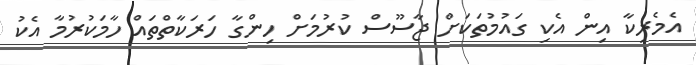
އެމެރިކާ އިން އެކި ގައުމުތަކަށް ޖާސޫސް ކުރުމަށް ހިންގާ ހަރަކާތްތައް ހާމަކުރުމާ އެކު